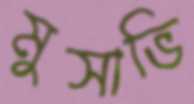
মুসাভি